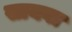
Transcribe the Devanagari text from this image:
सायवा